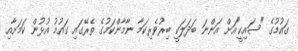
ގައުމުގެ "ސައިކީ"އަށް އަންނަ ބަދަލަކީ ބިރުވެރިކަމާ ނާމާންކަމުގެ ތެރޭގައި ގައުމު އުޅުން ކަމަށާއި